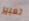
تعبير